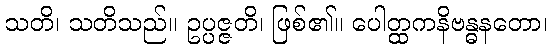
သတိ၊ သတိသည်။ ဥပ္ပဇ္ဇတိ၊ ဖြစ်၏။ ပေါတ္ထကနိဗန္ဓနတော၊